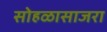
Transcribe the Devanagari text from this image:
सोहळासाजरा